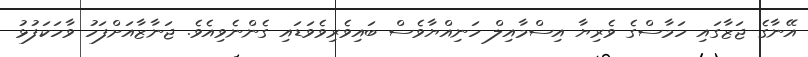
އޭނާގެ ޖަޒާގައި ހަމާސްގެ ވެރިޔާ އިސްމާއިލް ހަނިއްޔާވެސް ބައިވެރިވެވަޑައި ގެންނެވިއެވެ. ޖަނާޒާއަށްފަހު ވާހަކަފުޅު